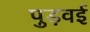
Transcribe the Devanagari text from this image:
पुड़वई